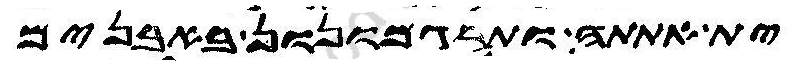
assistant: ית אתתה ותרגמונון באבנים